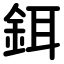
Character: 鉺